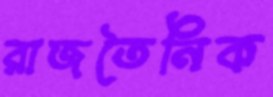
রাজতৈনিক